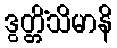
ဒွတ္တိံသိမာနိ